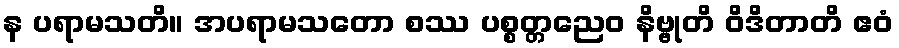
န ပရာမသတိ။ အပရာမသတော စဿ ပစ္စတ္တညေဝ နိဗ္ဗုတိ ဝိဒိတာတိ ဧဝံ